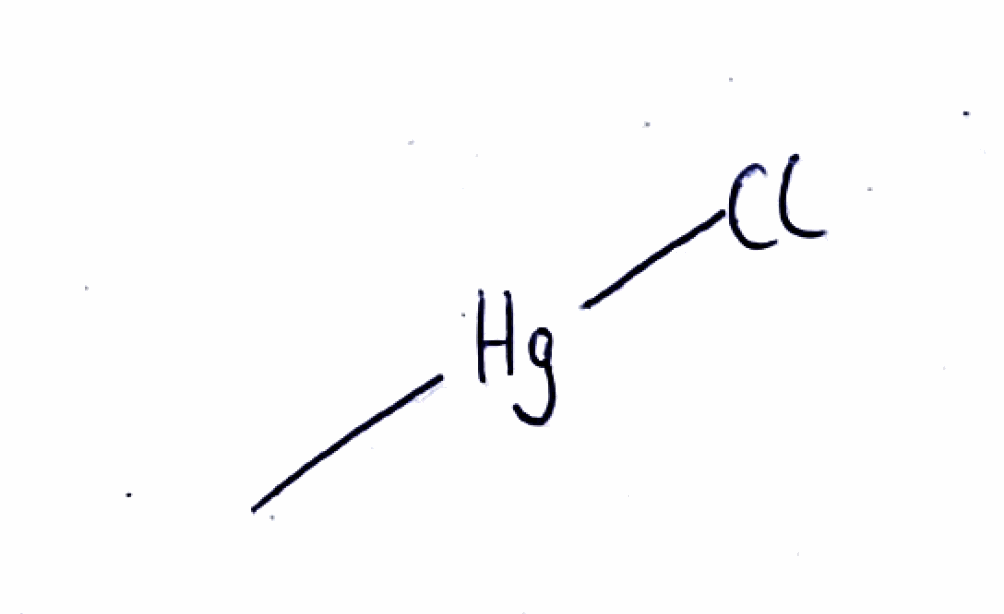
Simplified molecular-input line-entry system (SMILES) notation of the given molecule:
C[Hg]Cl